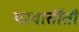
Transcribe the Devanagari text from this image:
परवार्तीती